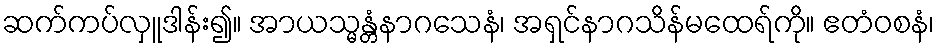
ဆက်ကပ်လှူဒါန်း၍။ အာယသ္မန္တံနာဂသေနံ၊ အရှင်နာဂသိန်မထေရ်ကို။ ဧတံဝစနံ၊